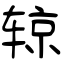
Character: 辌